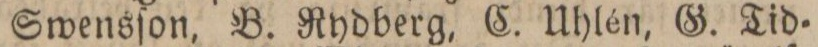
Swensſon, B. Rydberg, C. Uhlén, G. Tid=